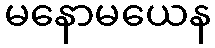
မနောမယေန